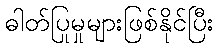
ဓါတ်ပြုမှုများဖြစ်နိုင်ပြီး